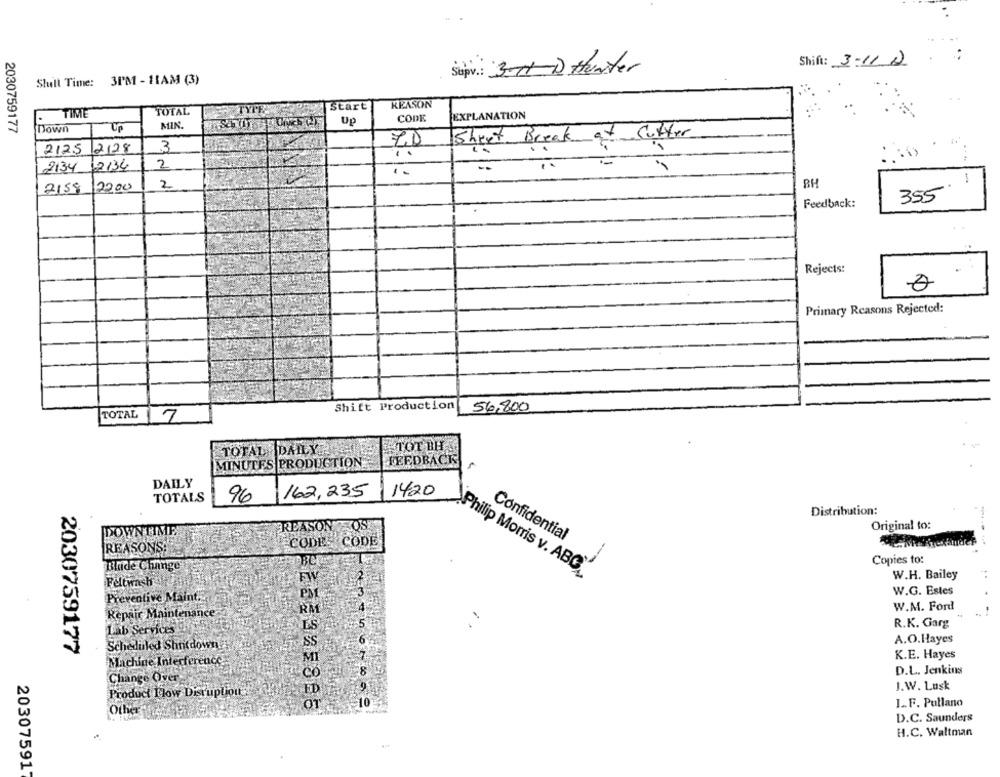
Shift: 3-11.2
Supv .: 3-11-D Hunter
Shell Time: 3I'M - 11AM (3)
Start
REASON
TIME
TOTAL
CODE
EXPLANATION
MIN
Up
2030759177
Down
Sheet Break
Cutter
2128
3
70
2125
..
2
2134 12134
2000
2
BH
2158
355
Feedback:
Rejects:
0
Primary Reasons Rejected:
Shift Production
56,800
TOTAL
7
TOTAL DAILY BO
ATOT BH
MINUTES PRODUCTION
FEEDBACK
DAILY
TOTALS
96 162,235
1420
Distribution:
REASON OS
Original to:
DOWNTIME
Confidential
CODE CODE
REASONS.
Copies to:
Binde Change
Philip Morris v. ABC"
W.H. Bailey
Feltwash
W.G. Estes
Preventive Maint ...
W.M. Ford
Repair Maintenance
RA
Lab Services
R.K. Garg
A.O.Hayes
2030759177
Scheduled Shutdown.
M
K.E. Hayes
Machine Interference
Change Over
D.L. Jenkins
J.W. Lusk
ED
Product Flow Disruption.
=10
I. F. Pullano
Other
D.C. Saunders
H.C. Waltman
203075917